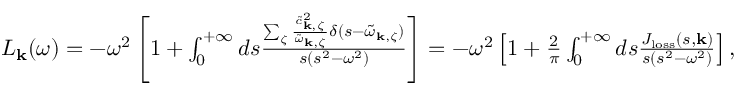
\begin{array} { r } { L _ { \mathbf { k } } ( \omega ) = - \omega ^ { 2 } \left[ 1 + \int _ { 0 } ^ { + \infty } d s \frac { \sum _ { \zeta } \frac { \tilde { c } _ { \mathbf { k } , \zeta } ^ { 2 } } { \tilde { \omega } _ { \mathbf { k } , \zeta } } \delta ( s - \tilde { \omega } _ { \mathbf { k } , \zeta } ) } { s ( s ^ { 2 } - \omega ^ { 2 } ) } \right] = - \omega ^ { 2 } \left[ 1 + \frac { 2 } { \pi } \int _ { 0 } ^ { + \infty } d s \frac { J _ { \mathrm { l o s s } } ( s , \mathbf { k } ) } { s ( s ^ { 2 } - \omega ^ { 2 } ) } \right] , } \end{array}